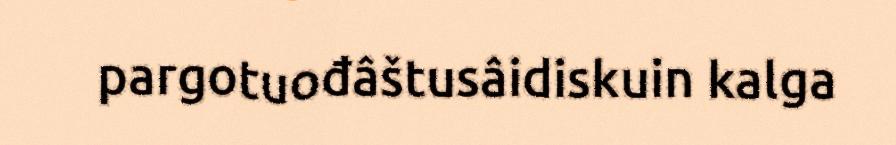
pargotuođâštusâidiskuin kalga